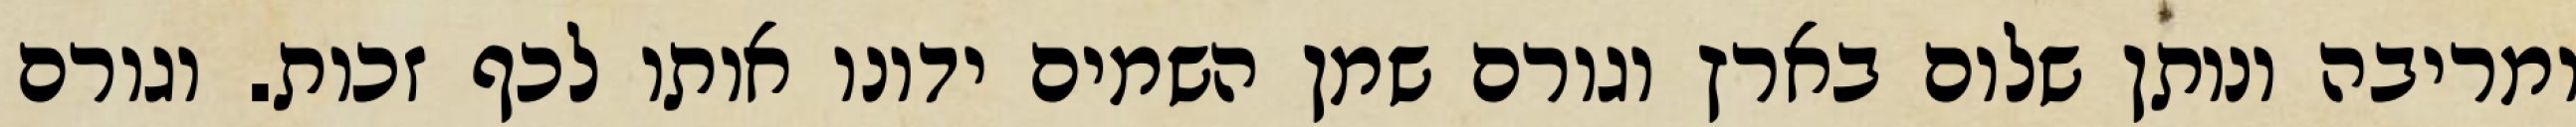
ומריבה ונותן שלום בארץ וגורם שמן השמים ידונו אותו לכף זכות. וגורם